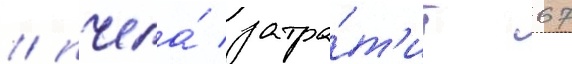
/ пчела́ затра́т'ит 67